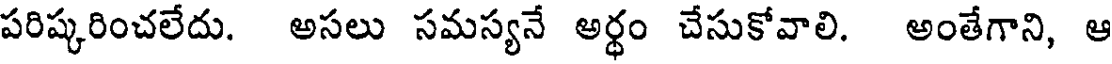
పరిష్కరించలేదు. అసలు సమస్యనే అర్థం చేసుకోవాలి. అంతేగాని, ఆ